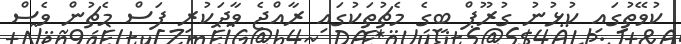
ކުވޭތުގައި ކުޅުނު ގުރޫޕް ބީގެ މެޗުތަކުގައި ރާއްޖެ ވާދަކުރި ފަސް މެޗުން ވެސް